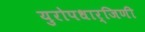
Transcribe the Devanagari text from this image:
युरोपधार्जिणी